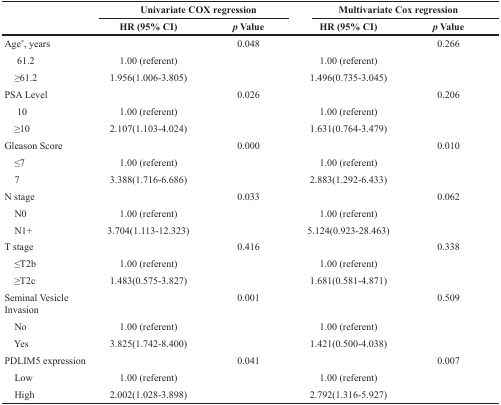
| <ROWSPAN=2>  | <COLSPAN=2> Univariate COX regression | <COLSPAN=2> Multivariate Cox regression |
 | HR (95% CI) | p Value | HR (95% CI) | p Value |
 | --- | --- | --- | --- | --- |
 | Age*, years |  | 0.048 |  | 0.266 |
 | 61.2 | 1.00 (referent) |  | 1.00 (referent) |  |
 | ≥61.2 | 1.956(1.006-3.805) |  | 1.496(0.735-3.045) |  |
 | PSA Level |  | 0.026 |  | 0.206 |
 | 10 | 1.00 (referent) |  | 1.00 (referent) |  |
 | ≥10 | 2.107(1.103-4.024) |  | 1.631(0.764-3.479) |  |
 | Gleason Score |  | 0.000 |  | 0.010 |
 | ≤7 | 1.00 (referent) |  | 1.00 (referent) |  |
 | 7 | 3.388(1.716-6.686) |  | 2.883(1.292-6.433) |  |
 | N stage |  | 0.033 |  | 0.062 |
 | N0 | 1.00 (referent) |  | 1.00 (referent) |  |
 | N1+ | 3.704(1.113-12.323) |  | 5.124(0.923-28.463) |  |
 | T stage |  | 0.416 |  | 0.338 |
 | ≤T2b | 1.00 (referent) |  | 1.00 (referent) |  |
 | ≥T2c | 1.483(0.575-3.827) |  | 1.681(0.581-4.871) |  |
 | Seminal Vesicle Invasion |  | 0.001 |  | 0.509 |
 | No | 1.00 (referent) |  | 1.00 (referent) |  |
 | Yes | 3.825(1.742-8.400) |  | 1.421(0.500-4.038) |  |
 | PDLIM5 expression |  | 0.041 |  | 0.007 |
 | Low | 1.00 (referent) |  | 1.00 (referent) |  |
 | High | 2.002(1.028-3.898) |  | 2.792(1.316-5.927) |  |